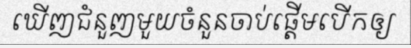
ឃើញជំនួញមួយចំនួនចាប់ផ្តើមបើកឲ្យ